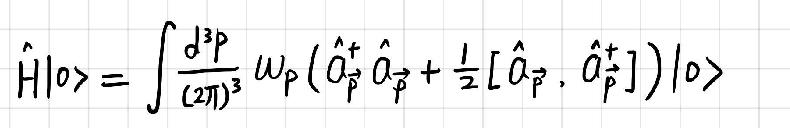
\[ \hat{H}|0\rangle = \int \frac{d^{3}p}{(2\pi)^{3}} \omega_{p} \left( \hat{a}_{\vec{p}}^{\dagger} \hat{a}_{\vec{p}} + \frac{1}{2} \left[ \hat{a}_{\vec{p}}, \hat{a}_{\vec{p}}^{\dagger} \right] \right) |0\rangle \]